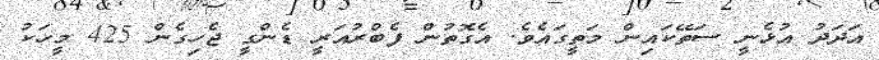
އަދަދު އުޅެނީ ސަތޭކައިން މަތީގައެވެ. އެގޮތުން ފެބްރުއަރީ ޑެންގީ ޖެހިގެން 425 މީހަކު